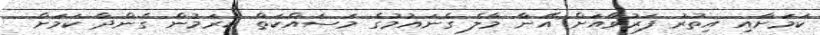
ކަމަށާއި އިތުރު ފަރުވާއަށް އޭނާ މާލެ ގެނައުމުގެ މަސައްކަތް ކުރަމުން ގެންދާ ކަމަށް